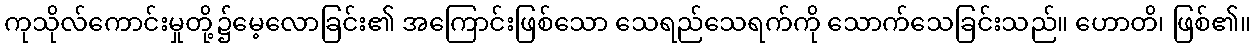
ကုသိုလ်ကောင်းမှုတို့၌မေ့လောခြင်း၏ အကြောင်းဖြစ်သော သေရည်သေရက်ကို သောက်သေခြင်းသည်။ ဟောတိ၊ ဖြစ်၏။